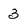
Character: 3